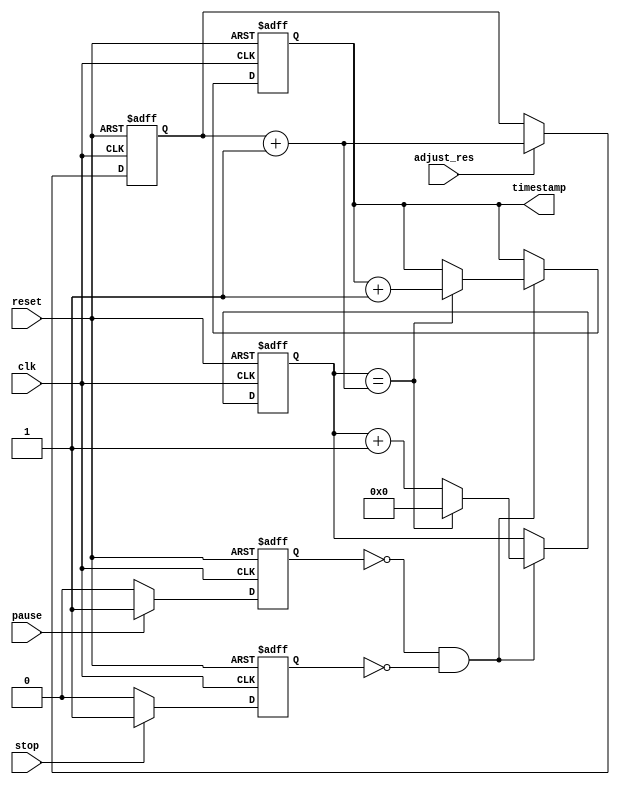
module timer(
    input wire clk,
    input wire reset,
    input wire pause,
    input wire stop,
    input wire adjust_res,
    output reg [31:0] timestamp
);

reg [31:0] counter;
reg [31:0] prev_count;
reg [31:0] res_adj;
reg timer_running;
reg timer_paused;
reg timer_stopped;

always @(posedge clk or posedge reset) begin
    if (reset) begin
        counter <= 0;
        timestamp <= 0;
        timer_running <= 0;
        timer_paused <= 0;
        timer_stopped <= 0;
        res_adj <= 0;
    end else begin
        if (adjust_res)
            res_adj <= res_adj + 1;
            
        if (pause)
            timer_paused <= 1;
        else
            timer_paused <= 0;
            
        if (stop)
            timer_stopped <= 1;
        else
            timer_stopped <= 0;
            
        if (!timer_paused && !timer_stopped) begin
            if (counter == (res_adj + 1)) begin
                counter <= 0;
                timestamp <= timestamp + 1;
            end else begin
                counter <= counter + 1;
            end
            timer_running <= 1;
        end else begin
            timer_running <= 0;
        end
    end
end

endmodule